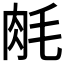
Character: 𬚱